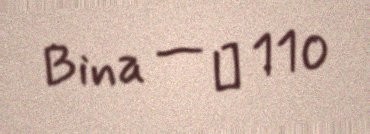
Bina — № 110